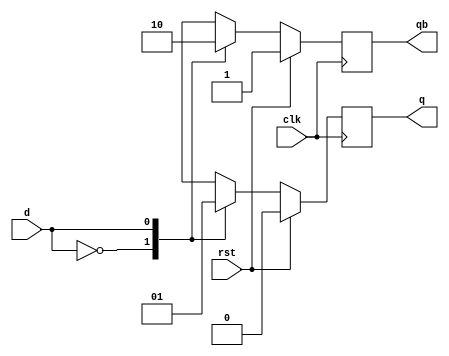
module d_flipflop(d,clk,rst,q,qb);
input d;
input clk,rst;
output q,qb;

reg q,qb;

always @(posedge clk)
begin 
if(rst == 1)
begin q = 0;qb = 1;end
else
case(d)
2'b0: begin q = 0;qb = 1;end
2'b1: begin q = 1;qb = 0;end
default: begin end
endcase
end
endmodule

module test;
wire q,qb;
reg d = 0;
reg clk = 0;
reg rst = 1;
integer i;

d_flipflop d1(d,clk,rst,q,qb);

initial 
begin
    $dumpfile("5b_d_flipflop.vcd");
    $dumpvars(0,test);

    #10 rst = 0;
    #10 d = 1;
    #10 $finish;
end

always #5 clk = !clk;

always @(clk)
$strobe("At time = (%0t),clock = (%b),rst = (%b),d = (%b),q:qb = (%b):(%b)",$time,clk,rst,d,q,qb);

endmodule